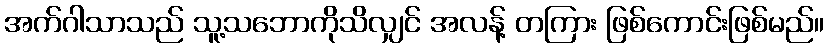
အက်ဂါသာသည် သူ့သဘောကိုသိလျှင် အလန့် တကြား ဖြစ်ကောင်းဖြစ်မည်။